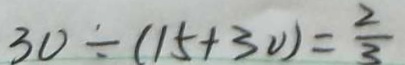
3 0 \div ( 1 5 + 3 0 ) = \frac { 2 } { 3 }